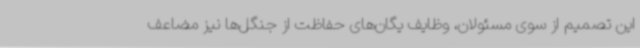
این تصمیم از سوی مسئولان، وظایف یگان‌های حفاظت از جنگل‌ها نیز مضاعف